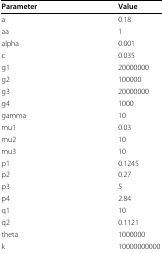
| Parameter | Value |
 | --- | --- |
 | a | 0.18 |
 | aa | 1 |
 | alpha | 0.001 |
 | c | 0.035 |
 | g1 | 20000000 |
 | g2 | 100000 |
 | g3 | 20000000 |
 | g4 | 1000 |
 | gamma | 10 |
 | mu1 | 0.03 |
 | mu2 | 10 |
 | mu3 | 10 |
 | p1 | 0.1245 |
 | p2 | 0.27 |
 | p3 | 5 |
 | p4 | 2.84 |
 | q1 | 10 |
 | q2 | 0.1121 |
 | theta | 1000000 |
 | k | 10000000000 |